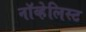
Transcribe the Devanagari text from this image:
नॉव्हेलिस्ट